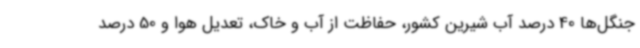
جنگل‌ها 40 درصد آب شیرین کشور، حفاظت از آب و خاک، تعدیل هوا و 50 درصد